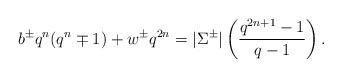
\begin{align*}b^\pm q^n(q^n\mp 1)+w^\pm q^{2n}=|\Sigma^\pm|\left(\frac{q^{2n+1}-1}{q-1}\right).\end{align*}